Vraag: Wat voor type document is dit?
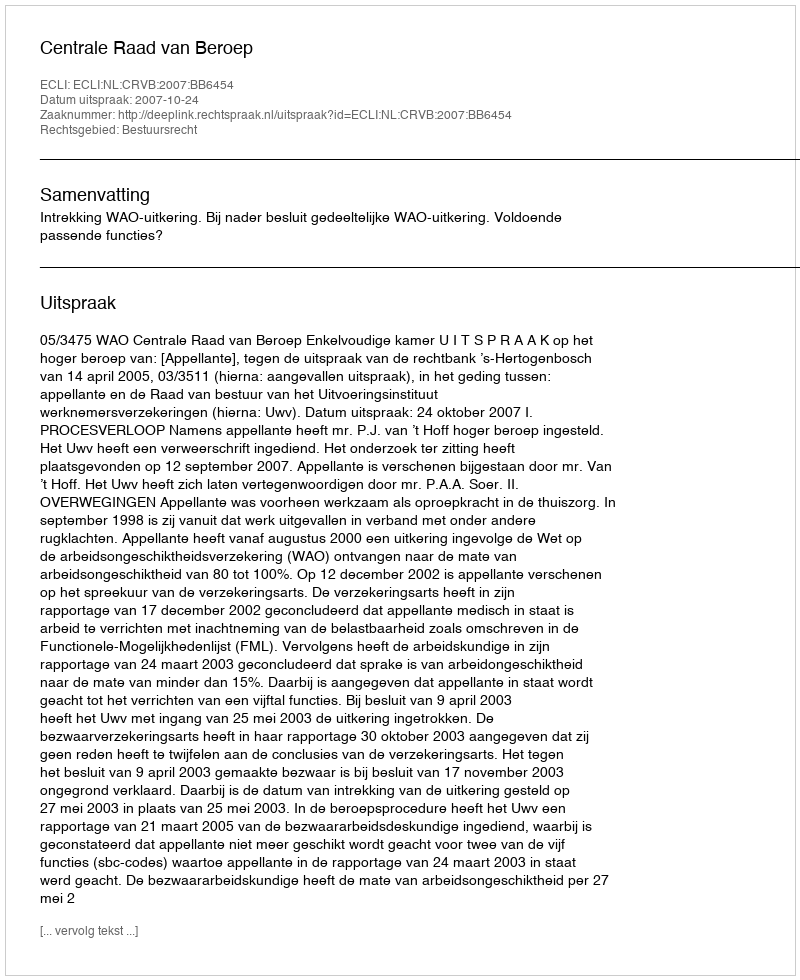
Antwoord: Uitspraak